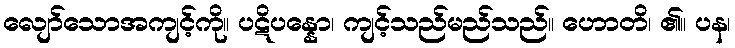
လျော်သောအကျင့်ကို။ ပဋိပန္နော၊ ကျင့်သည်မည်သည်။ ဟောတိ၊ ၏။ ပန၊